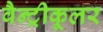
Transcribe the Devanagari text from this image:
वैन्ट्रीकूलर